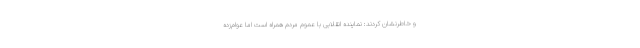
و خاطرنشان کردند: نماینده انقلابی با عموم مردم همراه است اما عوام‌زده